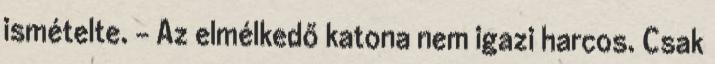
ismételte. – Az elmélkedő katona nem igazi harcos. Csak